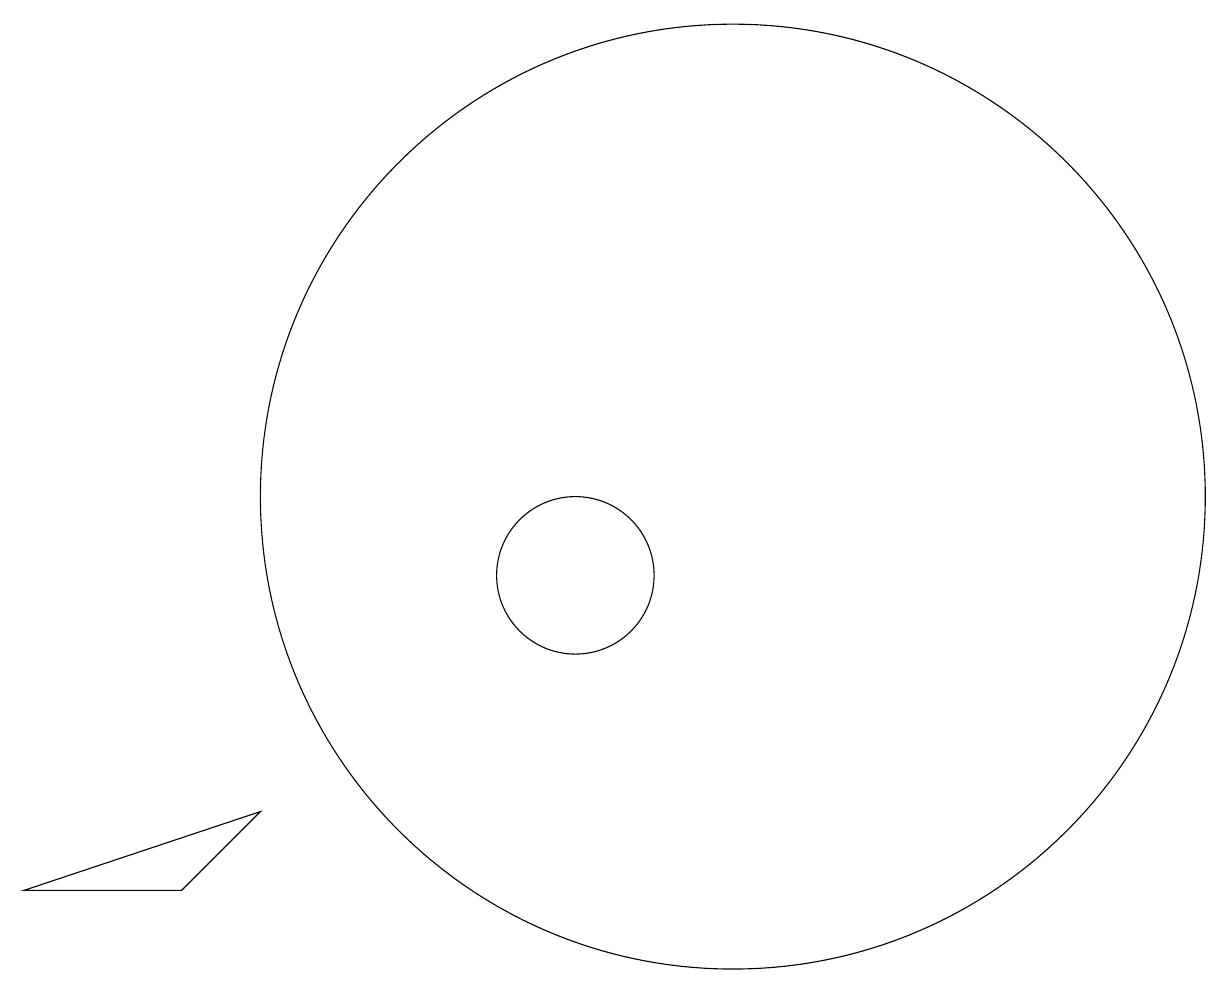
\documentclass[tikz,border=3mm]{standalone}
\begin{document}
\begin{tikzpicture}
\draw (12,11) circle (6);
\draw (3,6) -- (5,6) -- (6,7) -- cycle;
\draw (10,10) circle (1);
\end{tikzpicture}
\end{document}